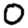
Digit: 0